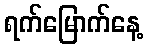
ရက်မြောက်နေ့